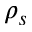
\rho _ { s }